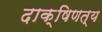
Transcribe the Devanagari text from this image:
दाक्षिणत्य